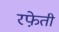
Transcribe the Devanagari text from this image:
रफे़ती